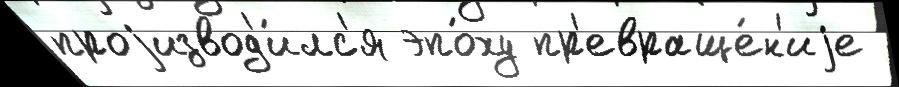
проjизвод'и́лс'я эпо́ху пр'евраще́н'иjе